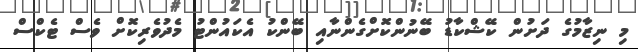
މި ނިޒާމުގެ ދަށުން ކޭޝްކާޑު ބޭނުންކޮށްގެންނާއި ބޭންކު އެކައުންޓު މެދުވެރިކޮށް ވެސް ޓެކްސް